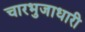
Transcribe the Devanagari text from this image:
चारभुजाधारी